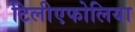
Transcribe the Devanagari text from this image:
टिलीएफोलिया